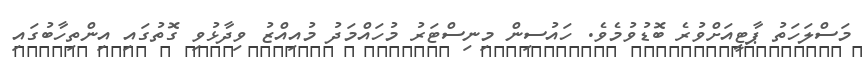
މަސްލަހަތު ޕާޓީއަށްވުރެ ބޮޑުވުމެވެ. ހައުސިން މިނިސްޓަރު މުހައްމަދު މުއިއްޒު ވިދާޅުވި ގޮތުގައި އިންތިހާބުގައި